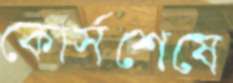
কোর্সশেষে